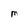
Character: M